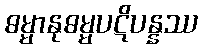
ဓမ္မာနုဓမ္မပဋိပန္နဿ